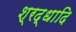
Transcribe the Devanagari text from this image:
श्रद्धादि